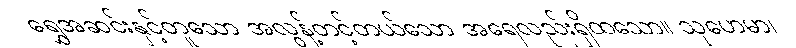
ရွှေအဆင်းနှင့်တူသော အလွန့်တင့်တယ်သော အရေလည်းရှိထသော။ သုဟေမာ၊